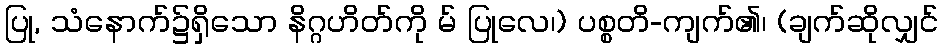
ပြု, သံနောက်၌ရှိသော နိဂ္ဂဟိတ်ကို မ် ပြုလေ၊) ပစ္စတိ-ကျက်၏၊ (ချက်ဆိုလျှင်